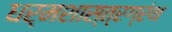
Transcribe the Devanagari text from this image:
धर्मशास्त्रग्रंथ